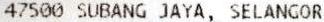
47500 SUBANG JAYA, SELANGOR